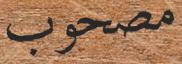
مصحوب